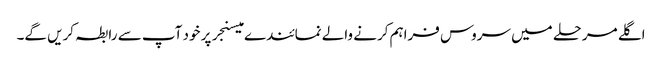
اگلے مرحلے میں سروس فراہم کرنے والے نمائندے میسنجر پر خود آپ سے رابطہ کریں گے۔